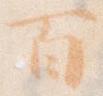
百